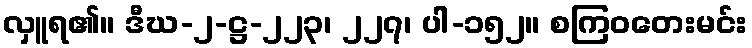
လှူရ၏။ ဒီဃ-၂-ဋ္ဌ-၂၂၃၊ ၂၂၇၊ ပါ-၁၅၂။ စကြဝတေးမင်း